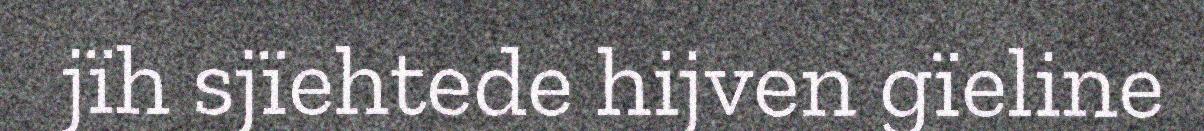
jïh sjïehtede hijven gïeline